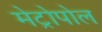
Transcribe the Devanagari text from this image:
मेट्रोपोल